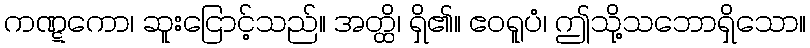
ကဏ္ဋကော၊ ဆူးငြောင့်သည်။ အတ္ထိ၊ ရှိ၏။ ဧဝရူပံ၊ ဤသို့သဘောရှိသော။